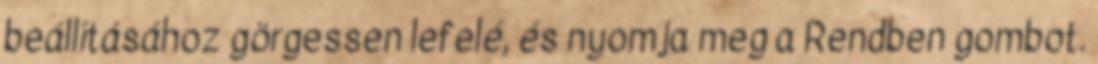
beállításához görgessen lefelé, és nyomja meg a Rendben gombot.